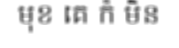
មុខ គេ ក៏ មិន